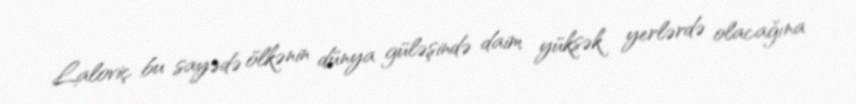
Laloviç bu sayədə ölkənin dünya güləşində daim yüksək yerlərdə olacağına